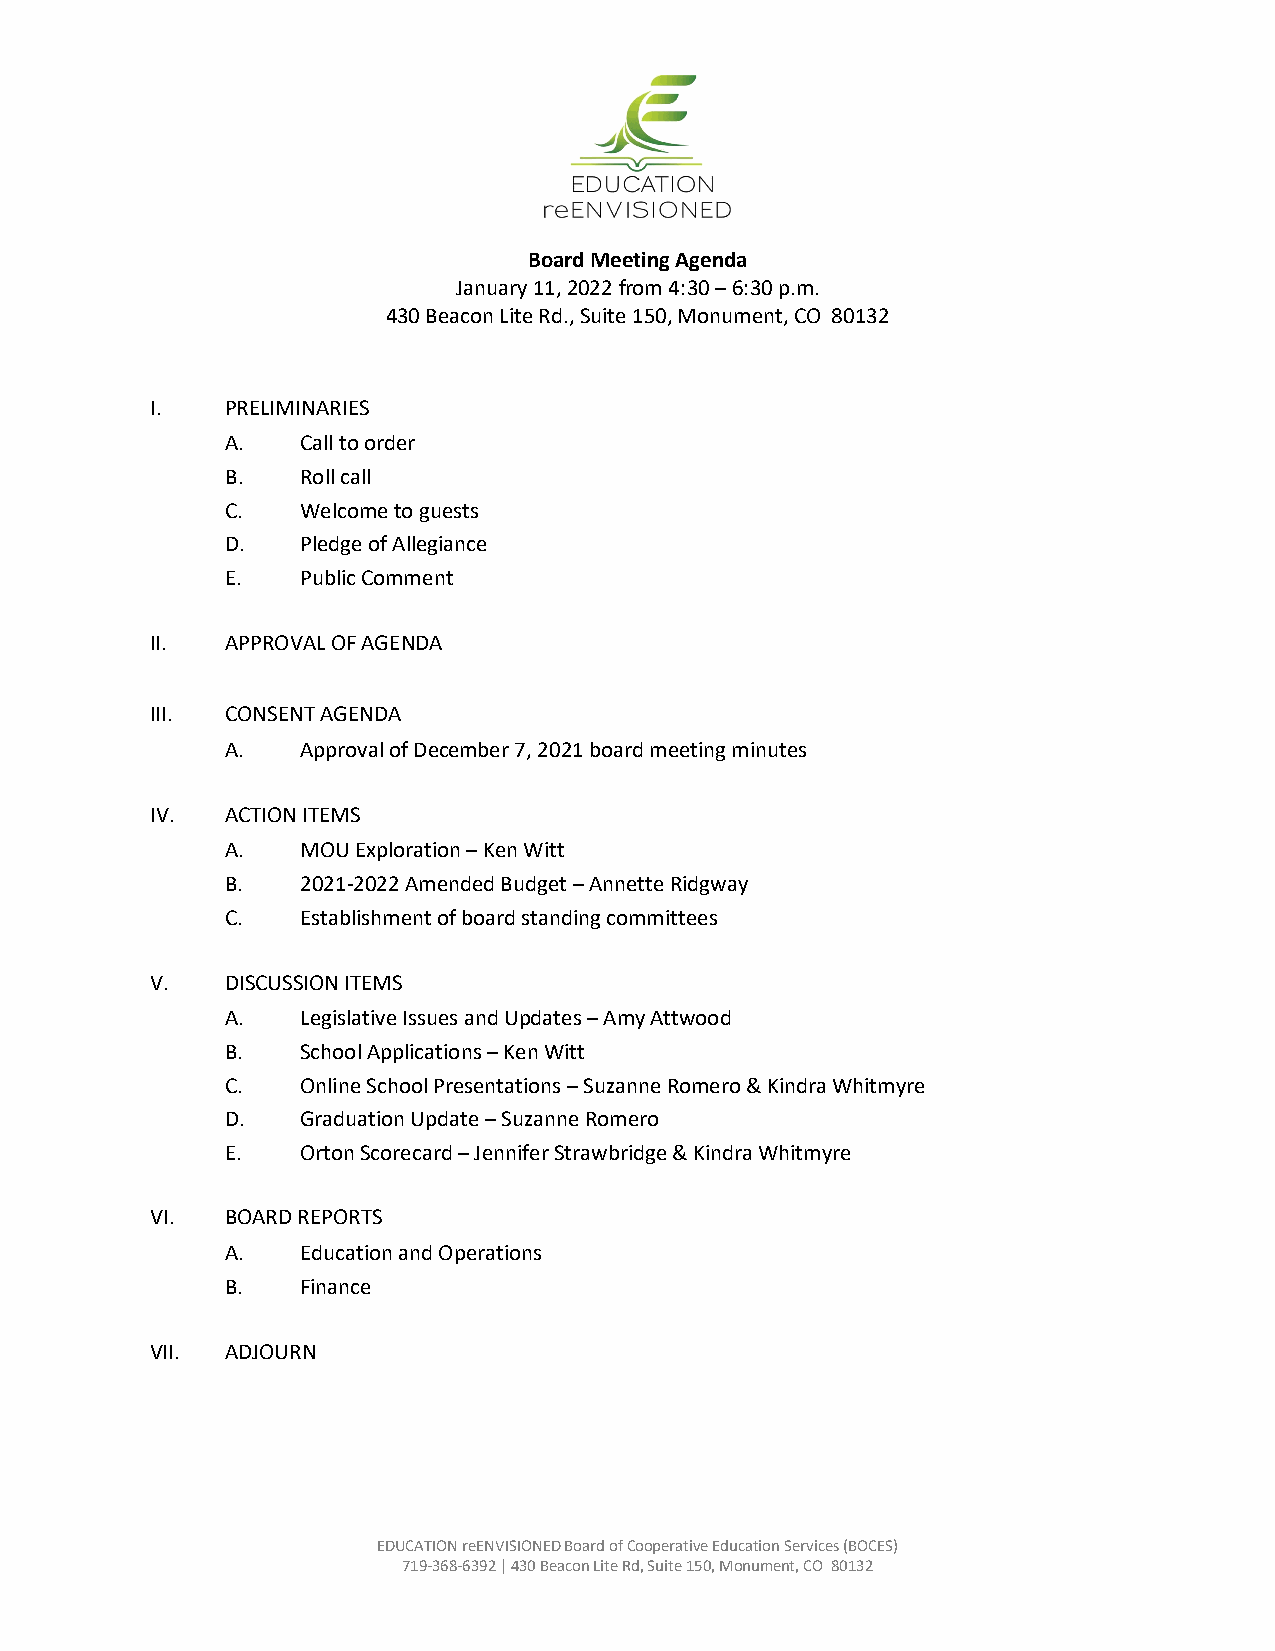
Board Meeting Agenda
 January 11, 2022 from 4:30 – 6:30 p.m.
 430 Beacon Lite Rd., Suite 150, Monument, CO 80132
 I.   PRELIMINARIES
 A.   Call to order
 B.   Roll call
 C.   Welcome to guests
 D.   Pledge of Allegiance
 E.   Public Comment
 II.  APPROVAL OF AGENDA
 III. CONSENT AGENDA
 A.   Approval of December 7, 2021 board meeting minutes
 IV.  ACTION ITEMS
 A.   MOU Exploration – Ken Witt
 B.   2021-2022 Amended Budget – Annette Ridgway
 C.   Establishment of board standing committees
 V.   DISCUSSION ITEMS
 A.   Legislative Issues and Updates – Amy Attwood
 B.   School Applications – Ken Witt
 C.   Online School Presentations – Suzanne Romero & Kindra Whitmyre
 D.   Graduation Update – Suzanne Romero
 E.   Orton Scorecard – Jennifer Strawbridge & Kindra Whitmyre
 VI.  BOARD REPORTS
 A.   Education and Operations
 B.   Finance
 VII. ADJOURN
 EDUCATION reENVISIONED Board of Cooperative Education Services (BOCES)
 719-368-6392 | 430 Beacon Lite Rd, Suite 150, Monument, CO 80132